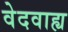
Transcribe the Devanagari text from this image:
वेदवाह्य